Trukikaitis_Postimees, lk 21
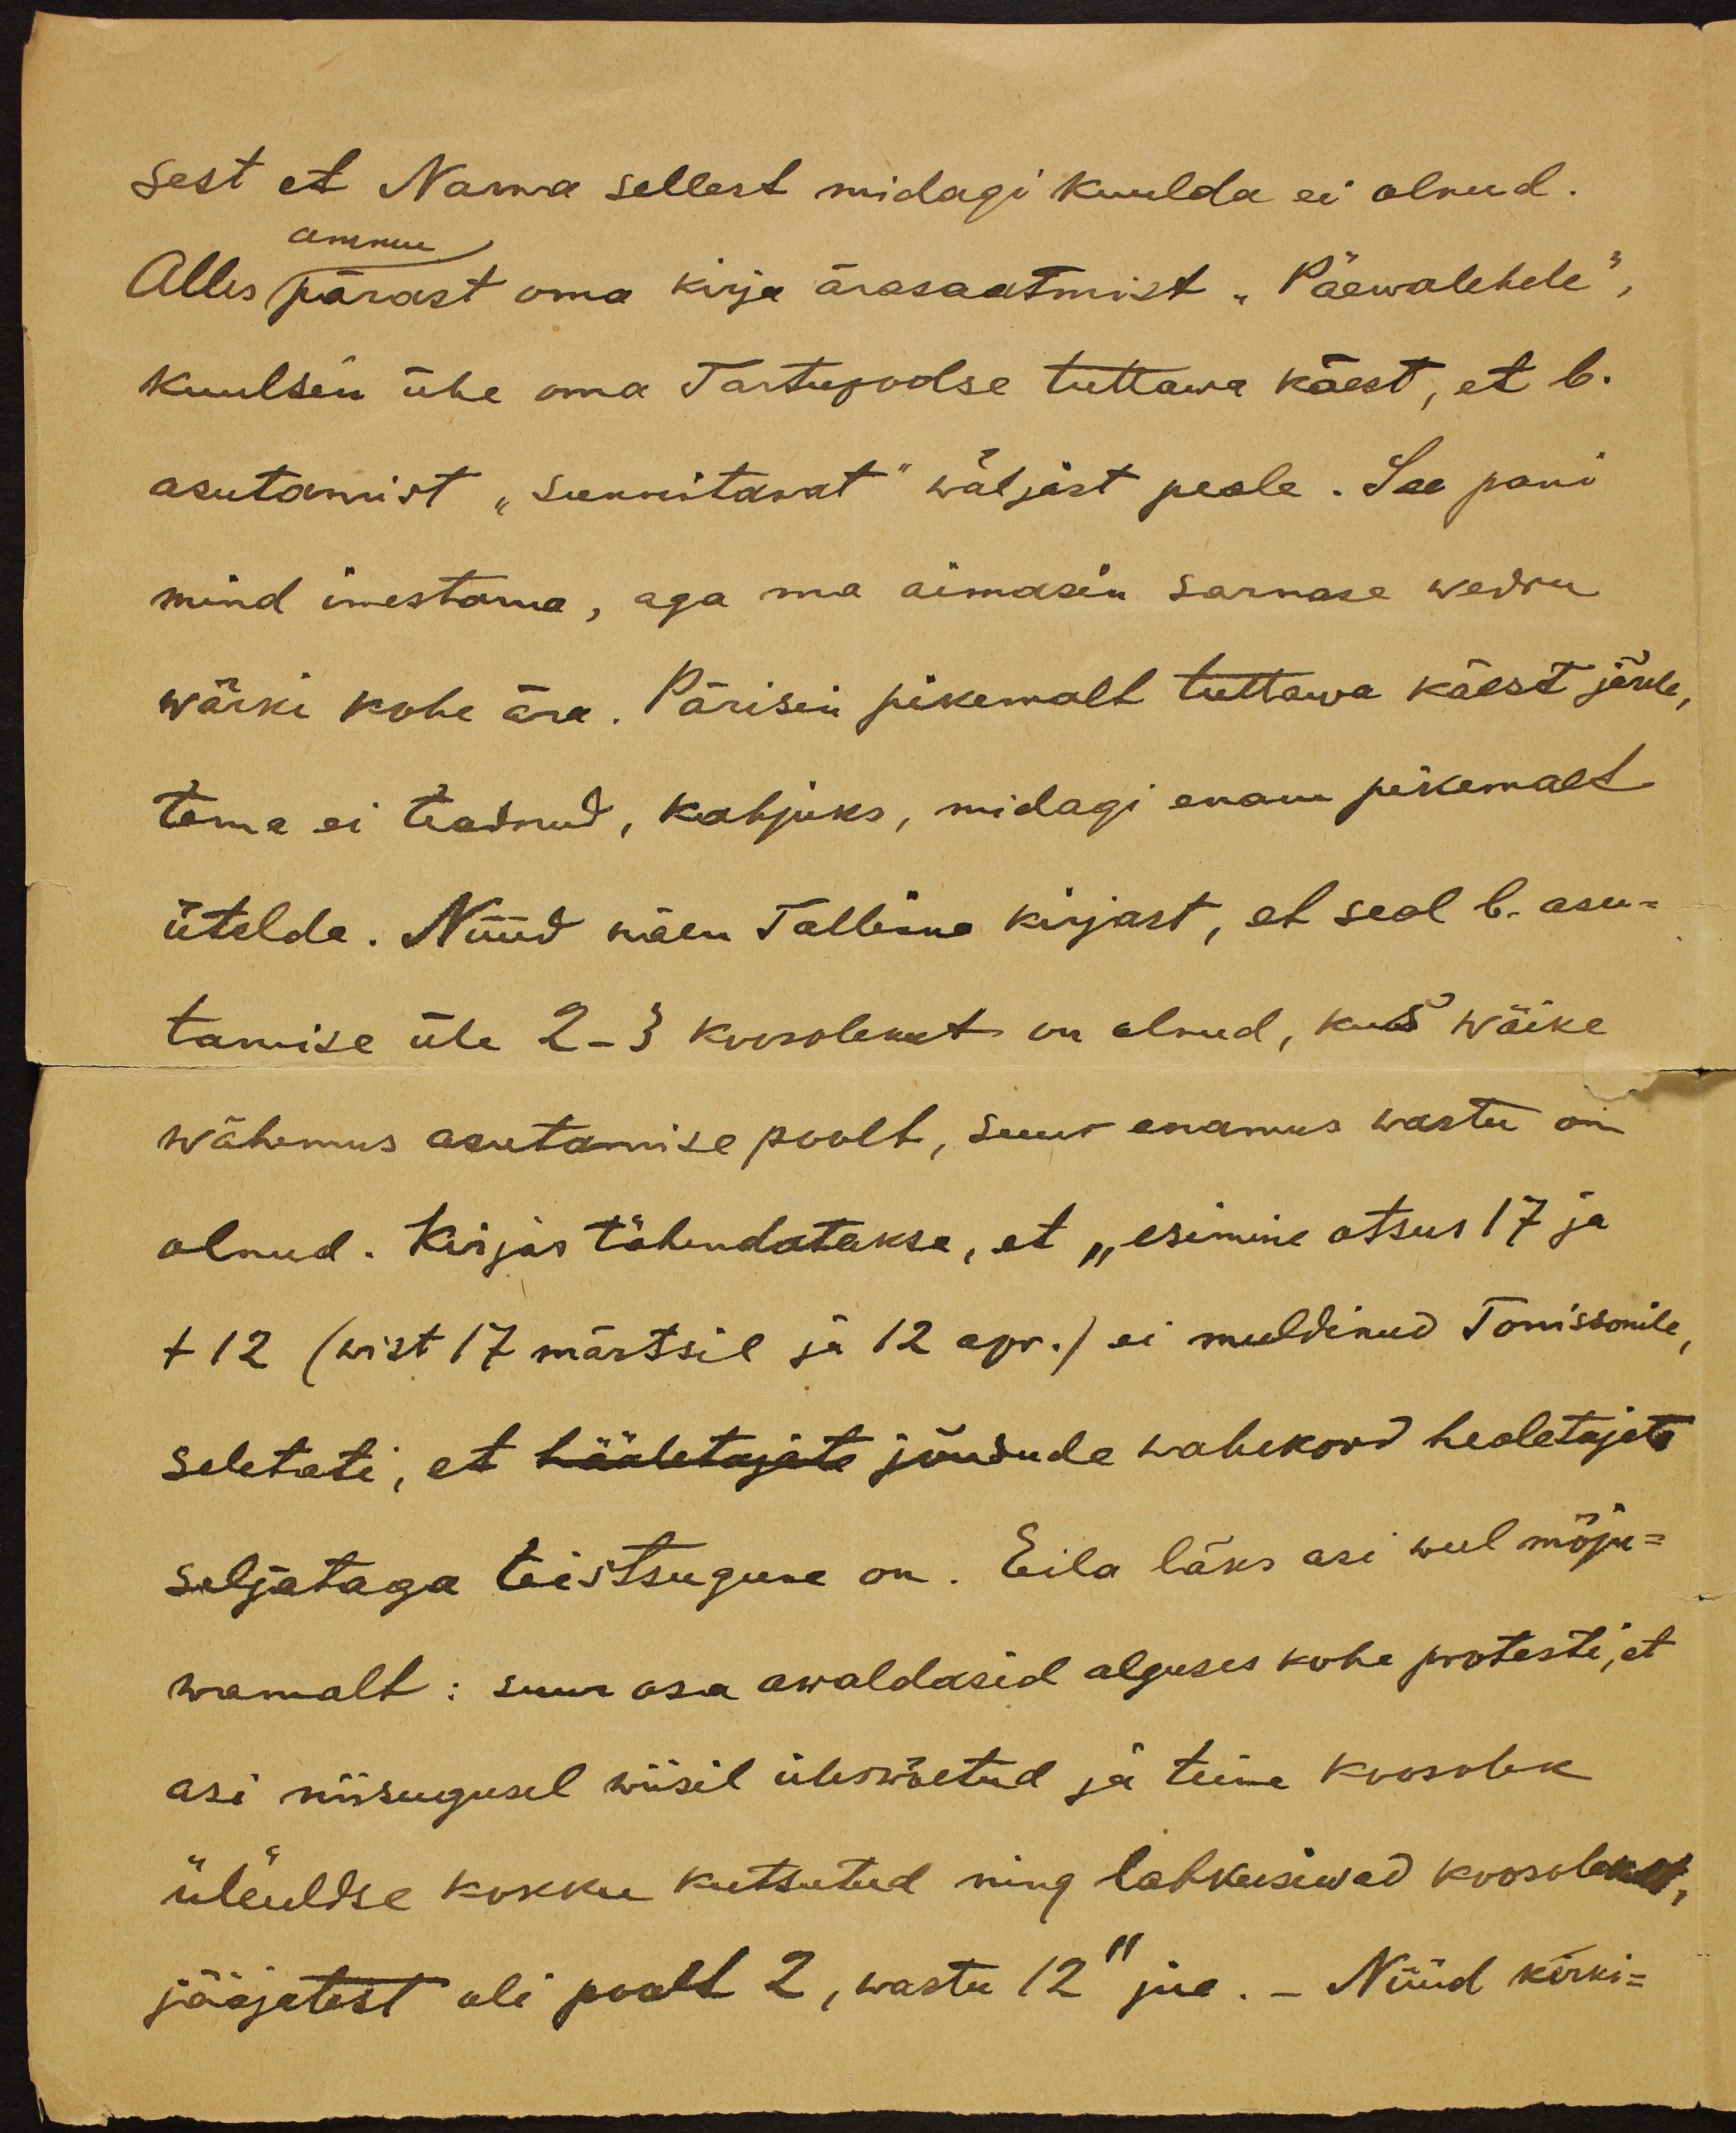
sest et Narwa sellest midagi kuulda ei olnud.
ammu.
Alles pärast oma kirja ärasaatmist "Päewalehele",
kuulsin ühe oma Tartupoolse tuttawa käest, et b.
asutamist "sunnitawat" wäljast peale. See pani
mind imestama, aga ma aimasin sarnase wedru
wärki kohe ära. Pärisin pikemalt tuttawa käest järele,
tema ei teadnud, kahjuks, midagi enam pikemalt
ütelda. Nüüd näen Tallinna kirjast, et seal b. asu-
tamise üle 2-3 koosolekut on olnud, kus wäike
wähemus asutamise poolt, suur enamus wastu on
olnud. Kirjas tähendatakse, et "esimine otsus 17 ja
t 12 (wist 17 märtsil ja 12 apr. ) ei meeldinud Tonissonile
seletati, et hääletajate jõudude wahekord healetajate
seljataga teistsuguse on. Eila läks asi weel mõju-
wamalt: suur osa awaldasid alguses kohe protesti, et
asi niisugusel wiisil üleswõetud ja teine koosolek
üleüldse kokku kutsutud ning lahkusiwad koosolekult.
jääjatest oli poolt 2, wastu 12" jne. Nüüd kerki-